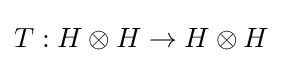
T:H\otimes H\to H\otimes H